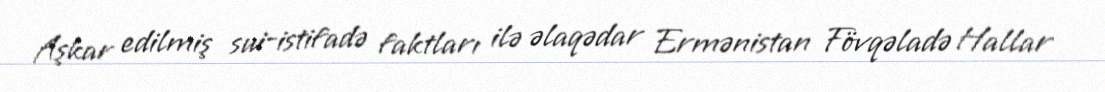
Aşkar edilmiş sui-istifadə faktları ilə əlaqədar Ermənistan Fövqəladə Hallar